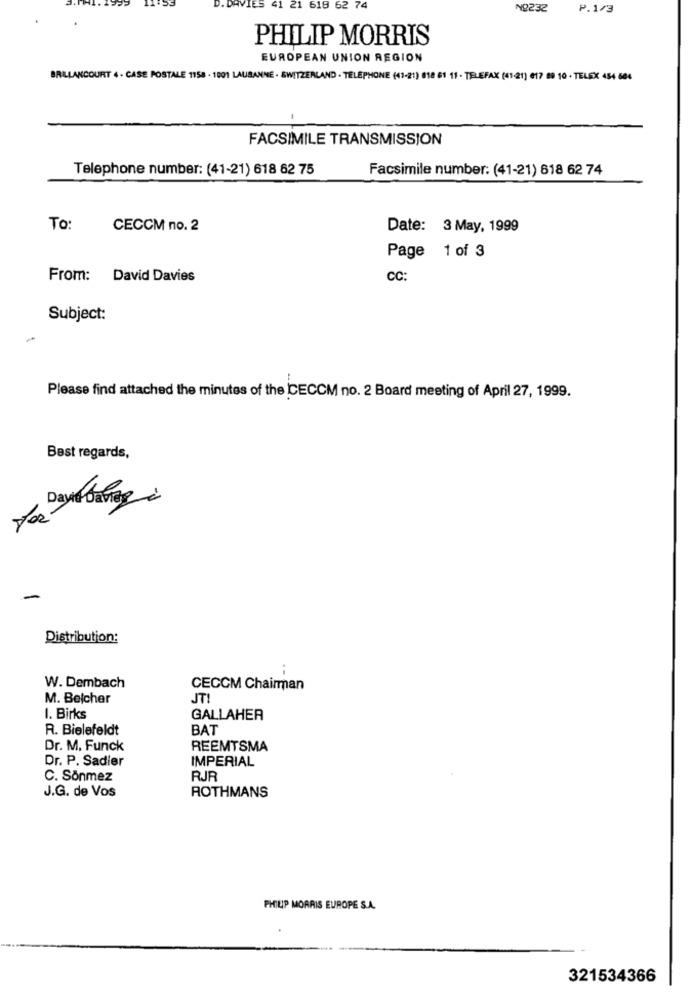
41 21 618 62 74
NO232
P.1/3
PHILIP MORRIS
EUROPEAN UNION REGION
BALLANCOURT 4 - CASE POSTALE 1158 - 1001 LAUSANNE - SWITZERLAND · TELEPHONE (43-21) 818 61 11 - TELEFAX (41-21) 617 00 10 - TELEX 454 664
-
FACSIMILE TRANSMISSION
Telephone number: (41-21) 618 62 75
Facsimile number: (41-21) 818 62 74
To:
CECCM no. 2
Date: 3 May, 1999
Page 1 of 3
From: David Davies
CC:
Subject:
-
Please find attached the minutes of the ICECCM no. 2 Board meeting of April 27, 1999.
Best regards,
Dayra danas
-
Distribution:
W. Dembach
CECCM Chairman
M. Belcher
JT!
I. Birks
GALLAHER
R. Bielefeldt
BAT
Dr. M. Funck
REEMTSMA
Dr. P. Sadier
IMPERIAL
C. Sönmez
RJR
J.G. de Vos
ROTHMANS
PHILIP MORRIS EUROPE S.A.
321534366